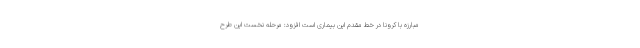
مبارزه با کرونا در خط مقدم این بیماری است افزود: مرحله نخست این طرح